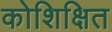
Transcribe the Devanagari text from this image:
कोशिक्षित